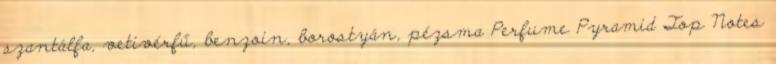
szantálfa, vetivérfű, benzoin, borostyán, pézsma Perfume Pyramid Top Notes